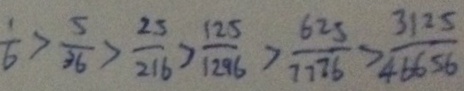
\frac { 1 } { 6 } > \frac { 5 } { 3 6 } > \frac { 2 5 } { 2 1 6 } > \frac { 1 2 5 } { 1 2 9 6 } > \frac { 6 2 5 } { 7 7 7 6 } > \frac { 3 1 2 5 } { 4 6 6 5 6 }